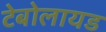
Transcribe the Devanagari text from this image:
टेबोलायड